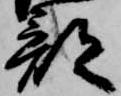
部